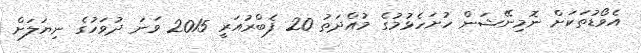
އެވޯޑުތަކަށް ނޮމިނޭޝަން ހުށަހެޅުމުގެ މުއްދަތު 20 ފެބްރުއަރީ 2015 ވަނަ ދުވަހުގެ ނިޔަލަށް